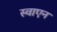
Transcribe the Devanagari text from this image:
स्वाएन